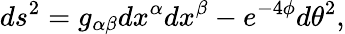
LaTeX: ds^{2}=g_{\alpha\beta}dx^{\alpha}dx^{\beta}-e^{-4\phi}d\theta^{2},